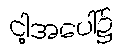
ငါ့အပေါ်၌